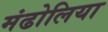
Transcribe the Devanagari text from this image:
मंढोलिया